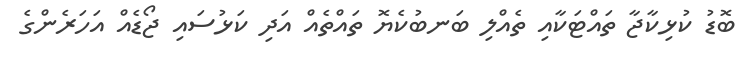
ބޮޑު ކުޅިކާޖާ ތައްޓަކާއި ތެއްލި ބަނބުކެޔޮ ތައްތެއް އަދި ކަޅުސައި ޖޯޑެއް އަހަރެންގެ